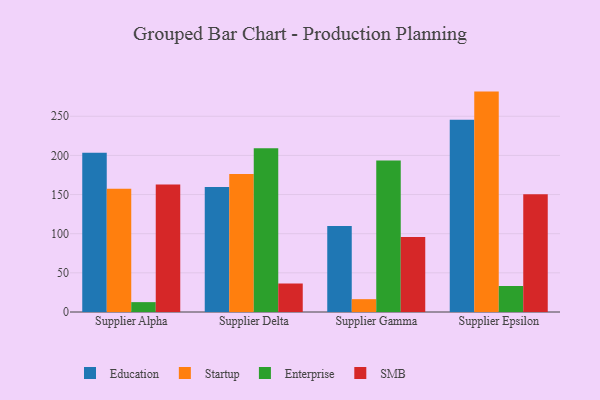
{"axis": {"x": "Supplier", "y": "Operating Costs (USD K)"}, "legend": ["Education", "Enterprise", "SMB", "Startup"], "data": [{"x": "Supplier Alpha", "y": 203.3, "type": "Education"}, {"x": "Supplier Alpha", "y": 157.4, "type": "Startup"}, {"x": "Supplier Alpha", "y": 12.6, "type": "Enterprise"}, {"x": "Supplier Alpha", "y": 162.8, "type": "SMB"}, {"x": "Supplier Delta", "y": 159.8, "type": "Education"}, {"x": "Supplier Delta", "y": 176.1, "type": "Startup"}, {"x": "Supplier Delta", "y": 209.3, "type": "Enterprise"}, {"x": "Supplier Delta", "y": 36.4, "type": "SMB"}, {"x": "Supplier Gamma", "y": 110.0, "type": "Education"}, {"x": "Supplier Gamma", "y": 16.4, "type": "Startup"}, {"x": "Supplier Gamma", "y": 193.4, "type": "Enterprise"}, {"x": "Supplier Gamma", "y": 95.8, "type": "SMB"}, {"x": "Supplier Epsilon", "y": 245.7, "type": "Education"}, {"x": "Supplier Epsilon", "y": 281.5, "type": "Startup"}, {"x": "Supplier Epsilon", "y": 33.2, "type": "Enterprise"}, {"x": "Supplier Epsilon", "y": 150.5, "type": "SMB"}]}